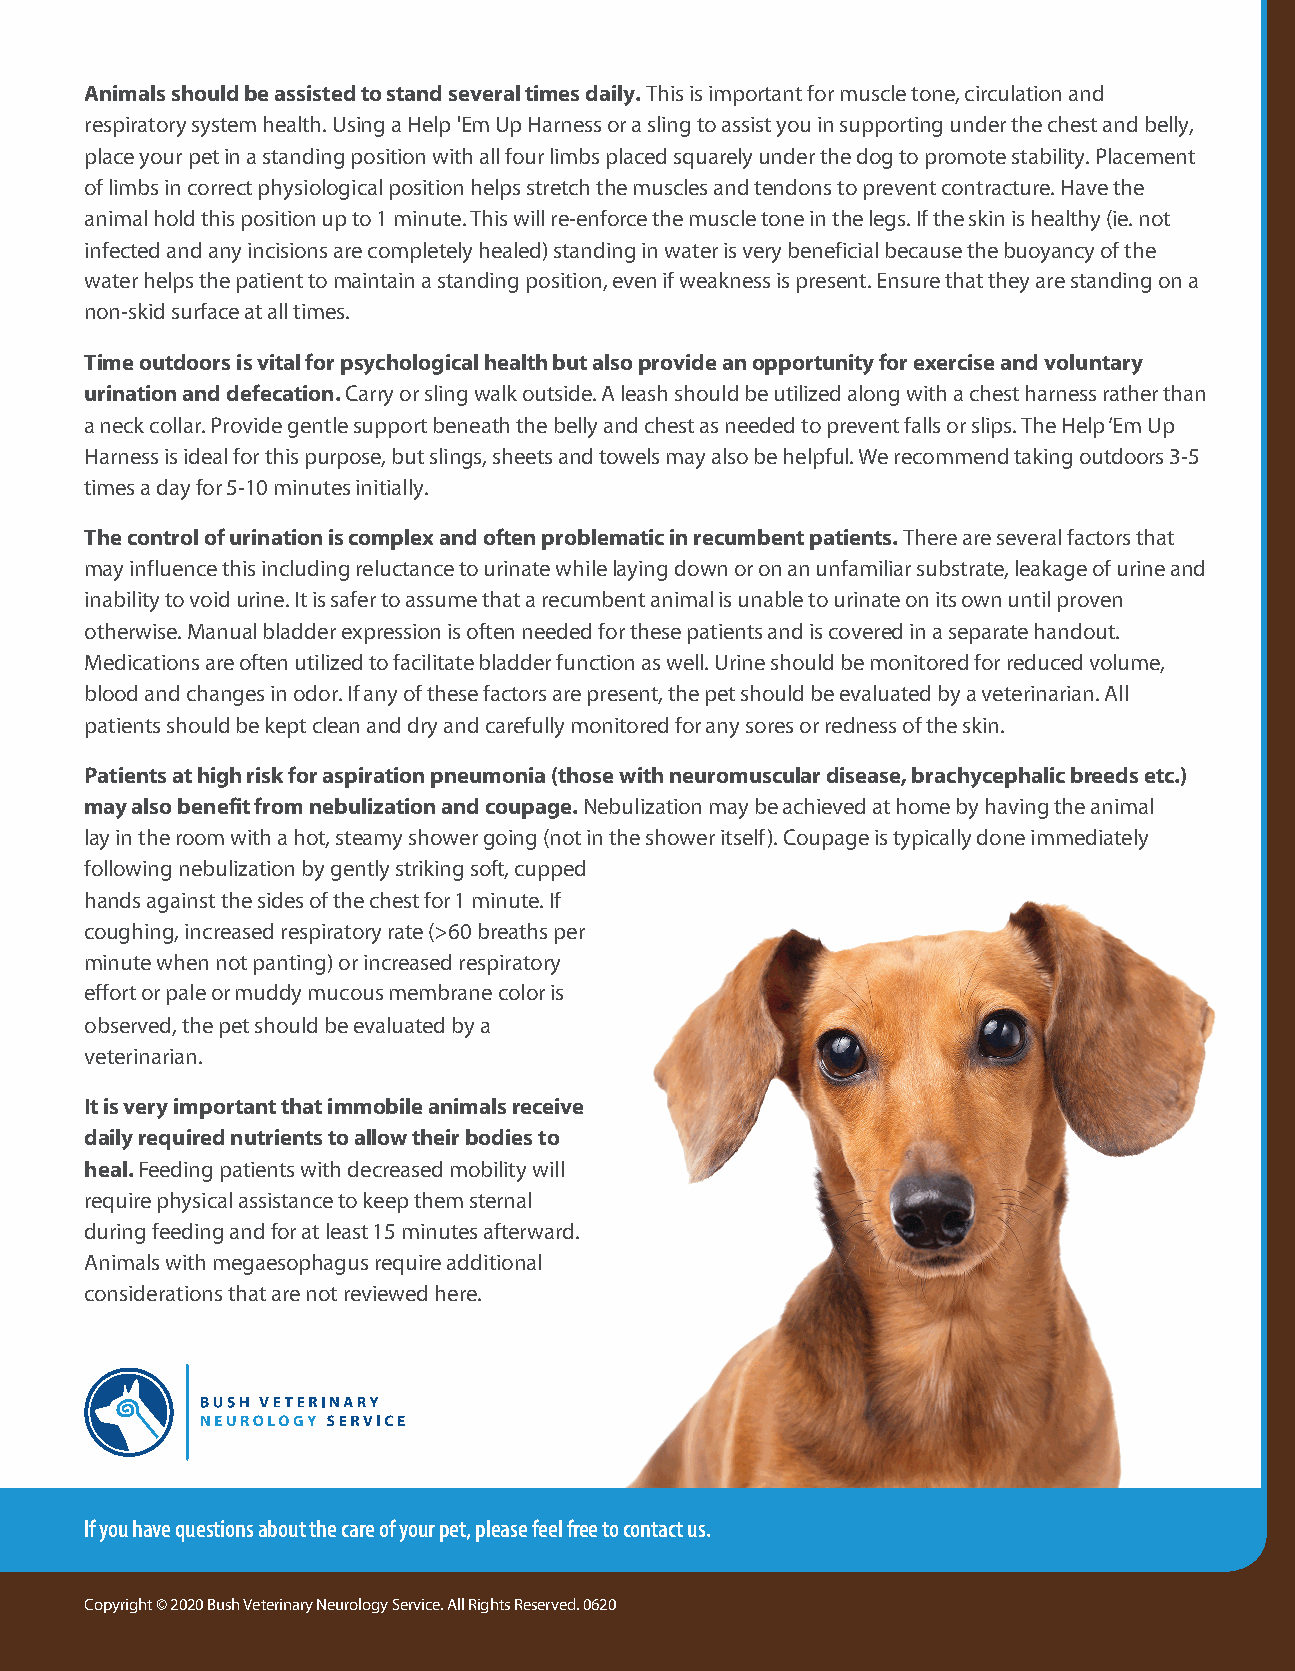
Animals should be assisted to stand several times daily. This is important for muscle tone, circulation and
 respiratory system health. Using a Help 'Em Up Harness or a sling to assist you in supporting under the chest and belly,
 place your pet in a standing position with all four limbs placed squarely under the dog to promote stability. Placement
 of limbs in correct physiological position helps stretch the muscles and tendons to prevent contracture. Have the
 animal hold this position up to 1 minute. This will re-enforce the muscle tone in the legs. If the skin is healthy (ie. not
 infected and any incisions are completely healed) standing in water is very beneficial because the buoyancy of the
 water helps the patient to maintain a standing position, even if weakness is present. Ensure that they are standing on a
 non-skid surface at all times.
 Time outdoors is vital for psychological health but also provide an opportunity for exercise and voluntary
 urination and defecation. Carry or sling walk outside. A leash should be utilized along with a chest harness rather than
 a neck collar. Provide gentle support beneath the belly and chest as needed to prevent falls or slips. The Help ‘Em Up
 Harness is ideal for this purpose, but slings, sheets and towels may also be helpful. We recommend taking outdoors 3-5
 times a day for 5-10 minutes initially.
 The control of urination is complex and often problematic in recumbent patients. There are several factors that
 may influence this including reluctance to urinate while laying down or on an unfamiliar substrate, leakage of urine and
 inability to void urine. It is safer to assume that a recumbent animal is unable to urinate on its own until proven
 otherwise. Manual bladder expression is often needed for these patients and is covered in a separate handout.
 Medications are often utilized to facilitate bladder function as well. Urine should be monitored for reduced volume,
 blood and changes in odor. If any of these factors are present, the pet should be evaluated by a veterinarian. All
 patients should be kept clean and dry and carefully monitored for any sores or redness of the skin.
 Patients at high risk for aspiration pneumonia (those with neuromuscular disease, brachycephalic breeds etc.)
 may also benefit from nebulization and coupage. Nebulization may be achieved at home by having the animal
 lay in the room with a hot, steamy shower going (not in the shower itself). Coupage is typically done immediately
 following nebulization by gently striking soft, cupped
 hands against the sides of the chest for 1 minute. If
 coughing, increased respiratory rate (>60 breaths per
 minute when not panting) or increased respiratory
 effort or pale or muddy mucous membrane color is
 observed, the pet should be evaluated by a
 veterinarian.
 It is very important that immobile animals receive
 daily required nutrients to allow their bodies to
 heal. Feeding patients with decreased mobility will
 require physical assistance to keep them sternal
 during feeding and for at least 15 minutes afterward.
 Animals with megaesophagus require additional
 considerations that are not reviewed here.
 If you have questions about the care of your pet, please feel free to contact us.
 Copyright © 2020 Bush Veterinary Neurology Service. All Rights Reserved. 0620